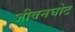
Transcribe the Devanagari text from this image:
जीवनघोट